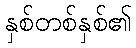
နှစ်တစ်နှစ်၏